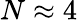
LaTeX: N\approx 4